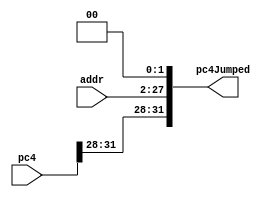
`timescale 1ns / 1ps
//////////////////////////////////////////////////////////////////////////////////
// Company: 
// Engineer: 
// 
// Design Name: 
// Module Name: PC4_Jump
// Project Name: 
// Target Devices: 
// Tool Versions: 
// Description: 
// 
// Dependencies: 
// 
// Revision:
// Revision 0.01 - File Created
// Additional Comments:
// 
//////////////////////////////////////////////////////////////////////////////////


module PC4_Jump(
	input [31:0]pc4,
    input [25:0]addr,
    output reg[31:0]pc4Jumped
    );
    
    always @(addr) begin
        pc4Jumped <= {pc4[31:28], addr, 2'b00};
    end
endmodule